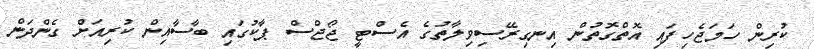
ކުރިން ހަމަޖެހިފައި އޮތްގޮތުން އިނގިރޭސިވިލާތުގެ އެސްޓީ ޖޯޖްސް ޕާކުގައި ބާސާއިން ކުރިއަށް ގެންދަން